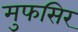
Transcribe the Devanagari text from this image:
मुफसिर